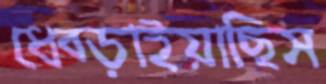
ধেব্‌ড়াইয়াছিস